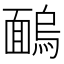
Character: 𩈺